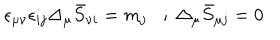
\epsilon _ { \mu \nu } \epsilon _ { i j } \Delta _ { \mu } \bar { S } _ { \nu i } = m _ { j } ; \; \Delta _ { \mu } \bar { S } _ { \mu j } = 0